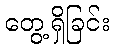
တွေ့ရှိခြင်း